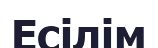
Есілім